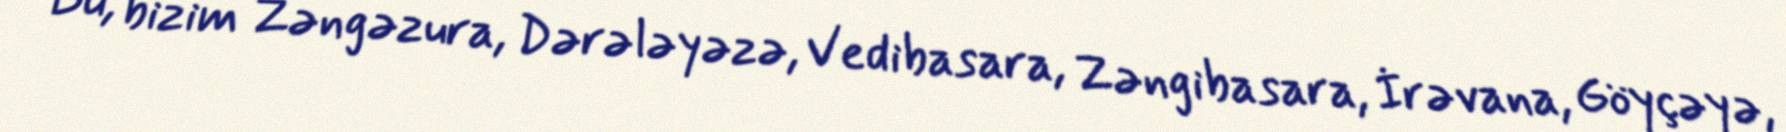
Bu, bizim Zəngəzura, Dərələyəzə, Vedibasara, Zəngibasara, İrəvana, Göyçəyə,